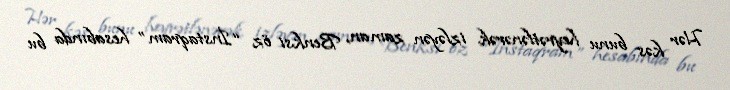
Hər kəs bunu heyrətlənərək izləyən zaman, Benksi öz “İnstaqram” hesabında bu